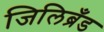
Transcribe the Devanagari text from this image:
जिलिब्रँड